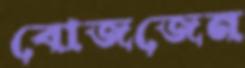
বোজজেন